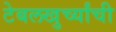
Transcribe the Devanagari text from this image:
टेबलखुर्च्यांची